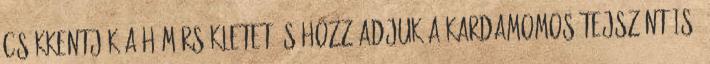
Csökkentjük a hőmérsékletet és hozzáadjuk a kardamomos tejszínt is.